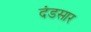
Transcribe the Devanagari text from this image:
दंडसार